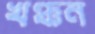
খঞ্চন